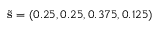
\tilde { \mathbf { s } } = ( 0 . 2 5 , 0 . 2 5 , 0 . 3 7 5 , 0 . 1 2 5 )